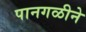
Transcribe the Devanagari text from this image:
पानगळीने